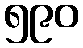
၅၉၀